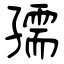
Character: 孺